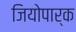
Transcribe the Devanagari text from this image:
जियोपार्क